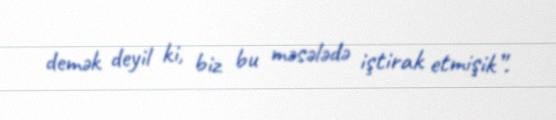
demək deyil ki, biz bu məsələdə iştirak etmişik”.